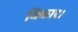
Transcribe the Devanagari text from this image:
विकार।